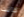
كانت